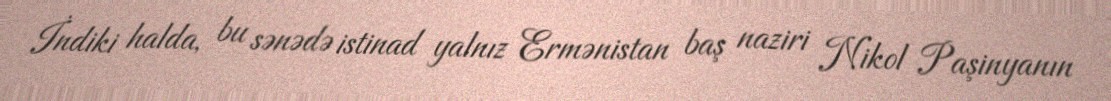
İndiki halda, bu sənədə istinad yalnız Ermənistan baş naziri Nikol Paşinyanın